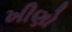
ખીણો